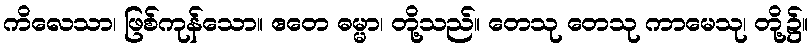
ကိလေသာ၊ ဖြစ်ကုန်သော။ ဧတေ ဓမ္မာ၊ တို့သည်။ တေသု တေသု ကာမေသု၊ တို့၌။